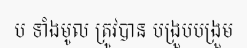
ប ទាំងមូល ត្រូវបាន បង្រួបបង្រួម